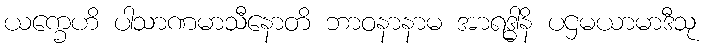
ယက္ခေဟိ ပါသာဏမာသီနောတိ ဘာဝနာနာမ အာရဒ္ဓါနိ ပဌမယာမာဒီသု